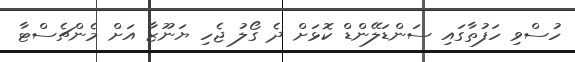
ހުސްވި ހަފުތާގައި ސަންޑަލޭންޑް ކޮޅަށް ދެ ގޯލު ޖެހި ޔަނޫޒާ އަށް މެންޗެސްޓާ